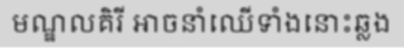
មណ្ឌលគិរី អាចនាំឈើទាំងនោះឆ្លង